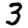
Digit: 3